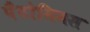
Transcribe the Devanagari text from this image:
पैंटोमिमस